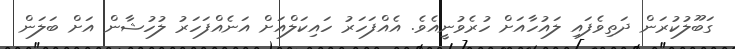
ގަބޫލުކުރަން ދަތިވެފައި ލައުހާއަށް ހުރެވުނީއެވެ. އެއްފަހަރު ހައިކަލްއަށް އަނެއްފަހަރު ލުހުޝާން އަށް ބަަލަން